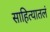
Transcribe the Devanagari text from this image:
साहित्यातलं